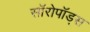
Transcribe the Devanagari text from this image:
सॉरोपॉड्स